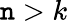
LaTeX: \mathtt{n}>k